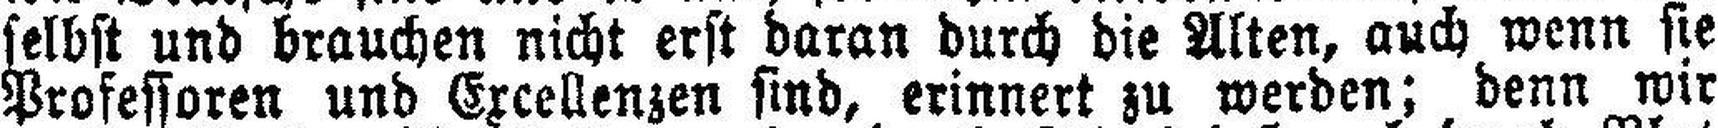
selbst und brauchen nicht erst daran durch die Alten, auch wenn sie